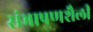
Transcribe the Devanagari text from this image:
संभाषणशैली